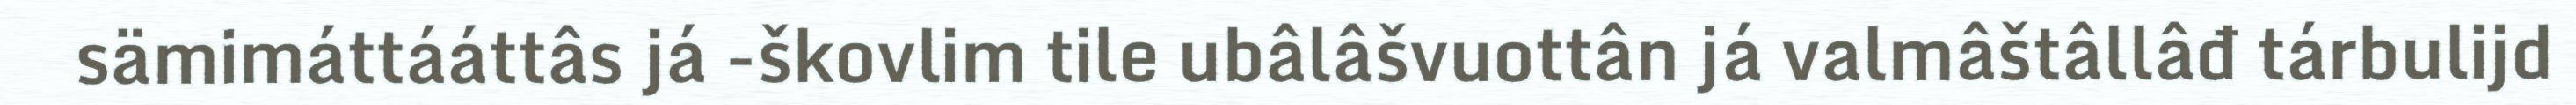
sämimáttááttâs já -škovlim tile ubâlâšvuottân já valmâštâllâđ tárbulijd